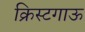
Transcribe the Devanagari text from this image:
क्रिस्टगाऊ